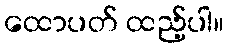
ထောပတ် ထည့်ပါ။